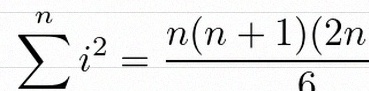
\sum_{i=1}^{n}i^2=\frac{n(n+1)(2n+1)}6